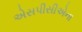
એસપીસીએના